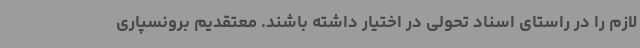
لازم را در راستای اسناد تحولی در اختیار داشته باشند. معتقدیم برونسپاری